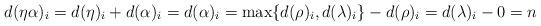
LaTeX: \begin{align*}d(\eta\alpha)_i=d(\eta)_i+d(\alpha)_i=d(\alpha)_i=\max\{d(\rho)_i,d(\lambda)_i\}-d(\rho)_i=d(\lambda)_i-0=n\end{align*}